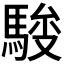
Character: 𱄢